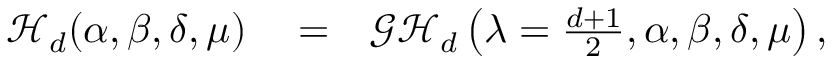
\begin{array} { r l r } { \mathcal { H } _ { d } ( \alpha , \beta , \delta , \mu ) } & { { } = } & { \mathcal { G H } _ { d } \left( \lambda = \frac { d + 1 } { 2 } , \alpha , \beta , \delta , \mu \right) , } \end{array}